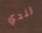
لندي